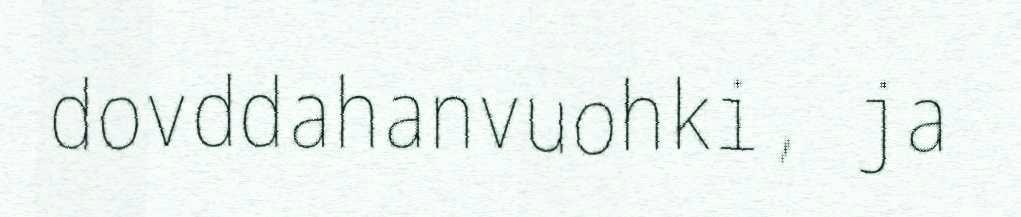
dovddahanvuohki, ja